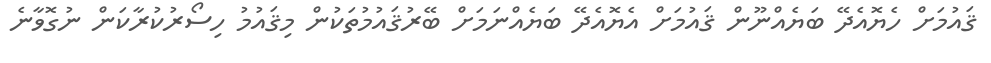
ޤައުމަށް ހެޔޮއެދޭ ބަޔެއްނޫން ޤައުމަށް އެޔޮއެދޭ ބަޔެއްނަމަށް ބޭރުޤައުމުތަކުން މިޤައުމު ހިސޯރުކުރާކަން ނުގޮވާނެ